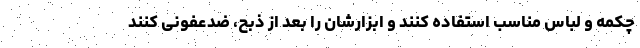
چکمه و لباس مناسب استفاده کنند و ابزارشان را بعد از ذبح، ضدعفونی کنند